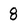
Character: 8